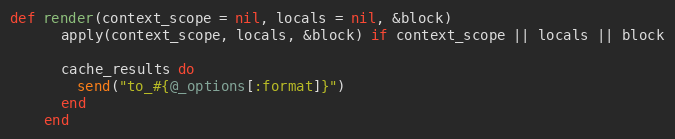
Language: Ruby
def render(context_scope = nil, locals = nil, &block)
      apply(context_scope, locals, &block) if context_scope || locals || block

      cache_results do
        send("to_#{@_options[:format]}")
      end
    end